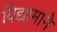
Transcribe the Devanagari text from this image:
विद्यामाने